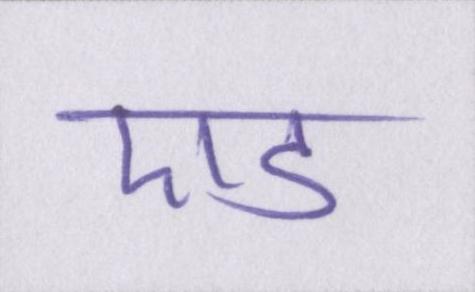
एड